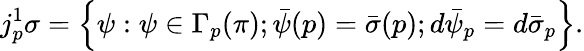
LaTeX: j_{p}^{1}\sigma=\left\{ \psi:\psi\in\Gamma_{p}(\pi);{\bar{\psi}}(p)={\bar{\sigma}}(p);d{\bar{\psi}}_{p}=d{\bar{\sigma}}_{p}\right\} .